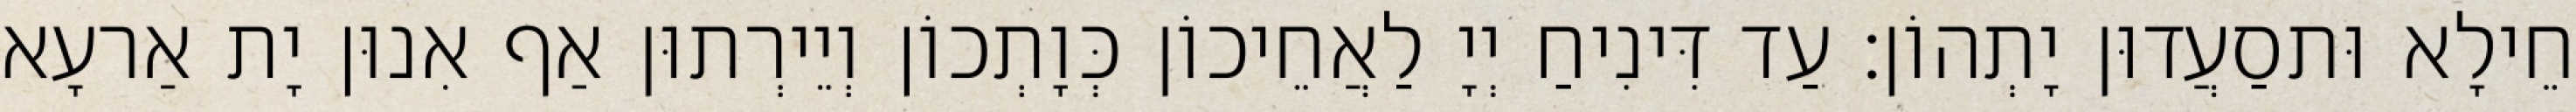
חֵילָא וּתסַעֲדוּן יָתְהוֹן׃ עַד דִּינִיחַ יְיָ לַאֲחֵיכוֹן כְּוָתְכוֹן וְיֵירְתוּן אַף אִנוּן יָת אַרעָא